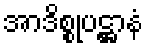
အာဒိစ္စုပဋ္ဌာနံ